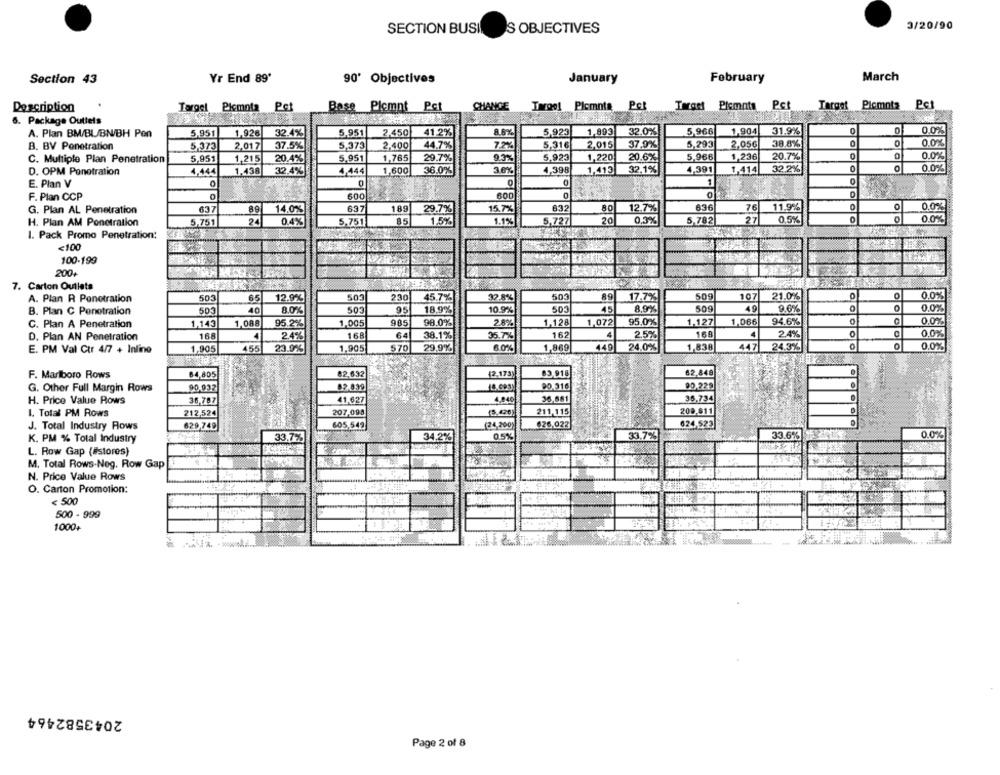
SECTION BUSI
S OBJECTIVES
3/20/90
Yr End 89'
March
Section 43
90' Objectives
January
February
Description
Targel Picmota Pet
Base Piçmnt Pct
CHANGE
1 gol Plemnts Pel
Target Plemnts Pct
Target Plcmota Pc1
6. Package Outlets
A. Plan BM/BL/BN/BH Pen
5,951
1,926
5.951
2,450
5,923
1,893
32.0%
5,966
1,904
31.9%
0
0.0%
32.4%
41.2%
B. BV Penetration
5,373
2.017
37.5%
5,373
2.400
44.7%
5.316
2.015
37.9%
5,293
2.05€
38.8%
0
0.0%
5.923
1,220
1,236
0.0%
C. Multiple Plan Penetration
5,951
1,215
20.4%
5.951
1,765
29.7%
20.6%.
5,966
20.7%
4,444
1.438
4,444
1.600
36.0%
3.6%
4,398
1,415
32.1%
4,391
1.414
32.2%
0
0
0.0%
D. OPM Penetration
E. Plan V
1
0
600
600
F. Plan CCP
G. Plan AL Penetration
637
89
14.0%
637
189
29.7%
632
80
12.7%
636
76
11.9%
0
0.0%
0
0.0%
H. Plan AM Penetration
5,751
24
0.4%
5,751
85
1.5%
5,727
20
0.3%
5,782
27
0,5%
I. Pack Promo Penetration:
<100
100-199
200+
7. Carton Outlets
89
509
107
0
0.0%
A. Plan R Penotration
503
65
12,9%
501
230
45.7%
32.8%
50
17.7%
21.0%
B. Plan C Penetration
503
40
8.0%
503
95
18,9%
10.9%
503
45
8,9%
509
49
9.6%
0,0%
C. Plan A Penetration
1,143
1,088
95.2%
1,005
985
98.0%
2.8%
1,128
1,072
95,0%
1.127
1,066
94.6%
0
0.0%
168
64
162
4
2.5%
160
0.0%
D. Plan AN Penetration
168
4
24%
38.1%
35.7%
2.4%
E. PM Val Ctr 4/7 + Inline
1,905
455
23.9%
1,905
570
29,9%
6.0%
1,869
449
24.0%
1,838
447
24.3%
0.0%
82.632
(2.173)
83,918
62,848
F. Marlboro Rows
84,805
G. Other Full Margin Rows
90.932
82.839
(O.Cos
90.316
90.229
H. Price Value Rows
36,787
41.627
4.940
35,681
36.734
1. Total PM Rows
212,524
207,098
(5.420)
211,115
209,811
J. Total Industry Rows
629,749
605,542
(24,200)
(26.022]
624,522]
33.7%
33.6%
0.0%
K. PM % Total Industry
33.7%
34.2%
0.5%
L. Row Gap (#stores)
M. Total Rows-Neg. Row Gap
N. Price Value Rows
O. Carton Promotion:
< 500
500 - 999
1000+
2043582464
Page 2 of 8